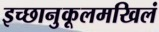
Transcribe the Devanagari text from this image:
इच्छानुकूलमखिलं